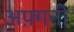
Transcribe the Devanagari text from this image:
अफ़्गनी